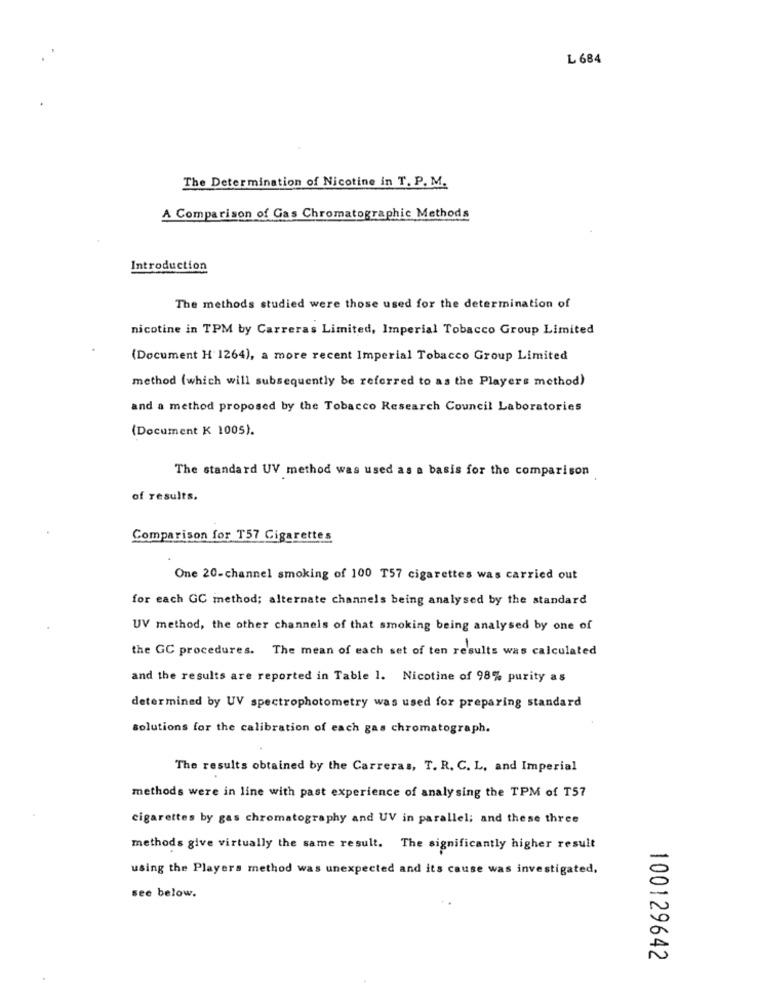
L 684
The Determination of Nicotine in T. P. M.
A Comparison of Gas Chromatographic Methods
Introduction
The methods studied were those used for the determination of
nicotine in TPM by Carreras Limited, Imperial Tobacco Group Limited
(Document H 1264), a more recent Imperial Tobacco Group Limited
method (which will subsequently be referred to as the Players method)
and a method proposed by the Tobacco Research Council Laboratories
(Document K 1005).
The standard UV method was used as a basis for the comparison
of results.
Comparison for T57 Cigarettes
One 20-channel smoking of 100 T57 cigarettes was carried out
for each GC method; alternate channels being analysed by the standard
UV method, the other channels of that smoking being analysed by one of
the GC procedures. The mean of each set of ten results was calculated
and the results are reported in Table 1. Nicotine of 98% purity as
determined by UV spectrophotometry was used for preparing standard
solutions for the calibration of each gas chromatograph.
The results obtained by the Carreras, T. R. C. L, and Imperial
methods were in line with past experience of analy sing the TPM of T57
cigarettes by gas chromatography and UV in parallel; and these three
methods give virtually the same result. The significantly higher result
using the Players method was unexpected and its cause was investigated,
see below.
100129642